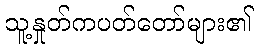
သူ့နှုတ်ကပတ်တော်များ၏